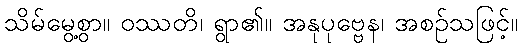
သိမ်မွေ့စွာ။ ဝဿတိ၊ ရွာ၏။ အနုပုဗ္ဗေန၊ အစဉ်သဖြင့်။